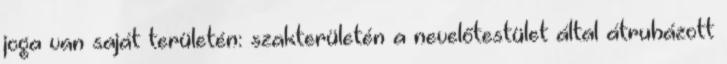
joga van saját területén: szakterületén a nevelőtestület által átruházott